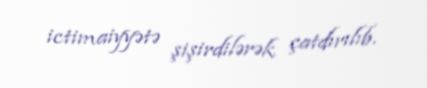
ictimaiyyətə şişirdilərək çatdırılıb.